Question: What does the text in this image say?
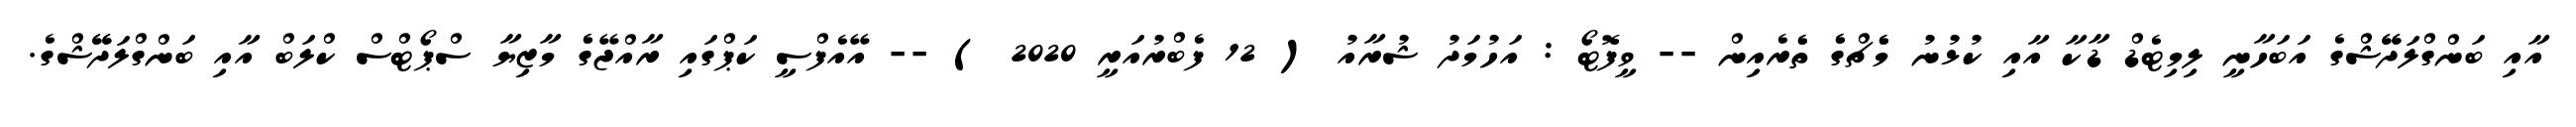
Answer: އާއި ބަންގްލަދޭޭޝްގެ އަބަހާނީ ލިމިޓެޑް ޑާކާ އާއި ކުޅުނު މެެޗްގެެ ތެެރެއިން -- ވީފޮޓޯ : އަހުމަދު ޝުރާއު ( 12 ފެބްރުއަރީ 2020 ) -- އޭއެފްސީ ކަޕްގައި ރާއްޖޭގެެ މާޒިޔާ ސްޕޯޓްސް ކްލަބް އާއި ބަންގްލަދޭޭޝްގެ.